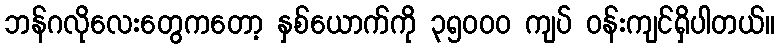
ဘန်ဂလိုလေးတွေကတော့ နှစ်ယောက်ကို ၃၅၀၀၀ ကျပ် ဝန်းကျင်ရှိပါတယ်။